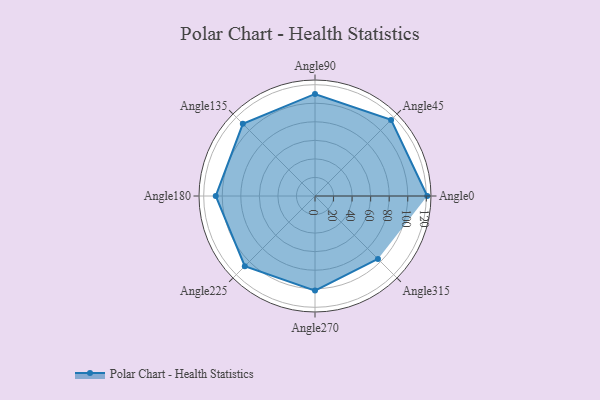
{"axis": {"x": "Angle", "y": "Radius"}, "legend": [""], "data": [{"x": "Angle0", "y": 121.0, "type": ""}, {"x": "Angle45", "y": 116.0, "type": ""}, {"x": "Angle90", "y": 110.0, "type": ""}, {"x": "Angle135", "y": 110.0, "type": ""}, {"x": "Angle180", "y": 107.0, "type": ""}, {"x": "Angle225", "y": 107.0, "type": ""}, {"x": "Angle270", "y": 102.0, "type": ""}, {"x": "Angle315", "y": 96.0, "type": ""}]}